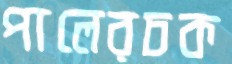
পালেরচক